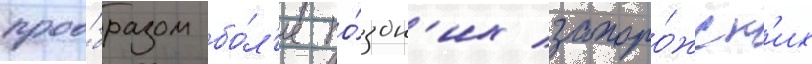
проо́бразом бо́л'ее по́здн'их запоро́жск'их